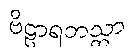
ဗိဠာရဘသ္တာ